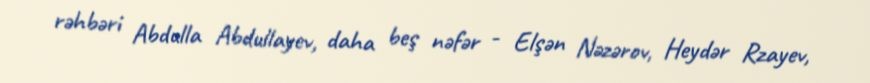
rəhbəri Abdulla Abdullayev, daha beş nəfər - Elşən Nəzərov, Heydər Rzayev,